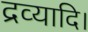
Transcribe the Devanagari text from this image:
द्रव्यादि।